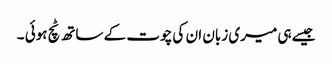
جیسے ہی میری زبان ان کی چوت کے ساتھ ٹچ ہوئی ۔